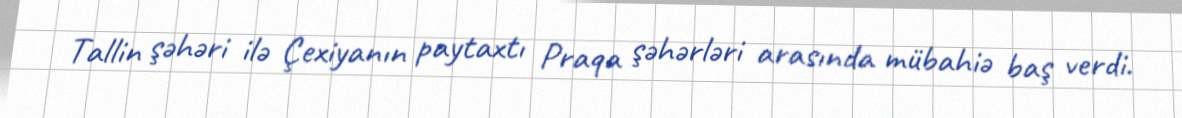
Tallin şəhəri ilə Çexiyanın paytaxtı Praqa şəhərləri arasında mübahiə baş verdi.